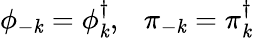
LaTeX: \phi_{-\mathit{k}}=\phi_{\mathit{k}}^{\dagger},~~~\pi_{-\mathit{k}}=\pi_{\mathit{k}}^{\dagger}